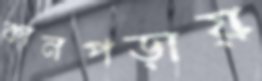
কানপড়ায়